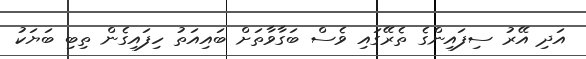
އަދި އޭރު ސިފައިންގެ ތެރޭގައި ވެސް ބަގާވާތަށް ބައިއަތު ހިފައިގެން ތިބި ބަޔަކު